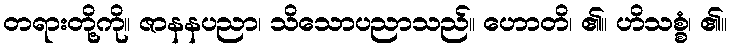
တရားတို့ကို။ ဇာနနပညာ၊ သိသောပညာသည်။ ဟောတိ၊ ၏။ ဟိသစ္စံ၊ ၏။